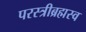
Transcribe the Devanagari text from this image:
परस्त्रीब्रह्मस्व